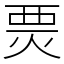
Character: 㶾